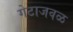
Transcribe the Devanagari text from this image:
गेटाजवळ